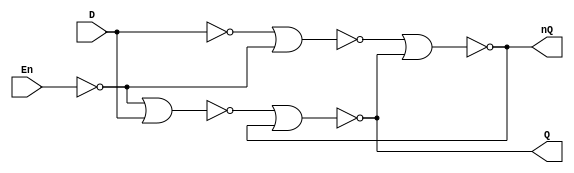
module dlatch(Q, nQ, En, D);

output Q, nQ;
input En, D;

nor L1 (nD, D, D),
	 L2 (nEn, En, En),
	 L3 (s1, nD, nEn),
	 L4 (s2, nEn,D),
	 L5 (nQ, s1, Q),
	 L6 (Q, s2,nQ);
	 
endmodule